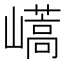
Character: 𡽝